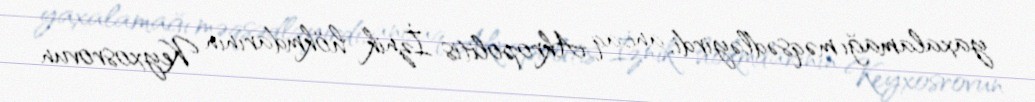
yaxalamağı məqsədləyirdi, ancaq Akropolitis İznik hökmdarının Keyxosrovun